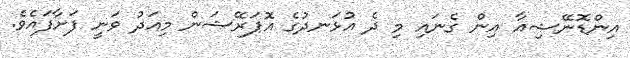
އިންޑޮނޭޝިއާ އިން ގެނައި މި ދެ އުޅަނދުގެ އޮަޕަރޭޝަން މިއަދު ވަނީ ފަށާފައެވެ.